Report on vaccination in the Province of Bengal - 1869-1873
Year: 1869
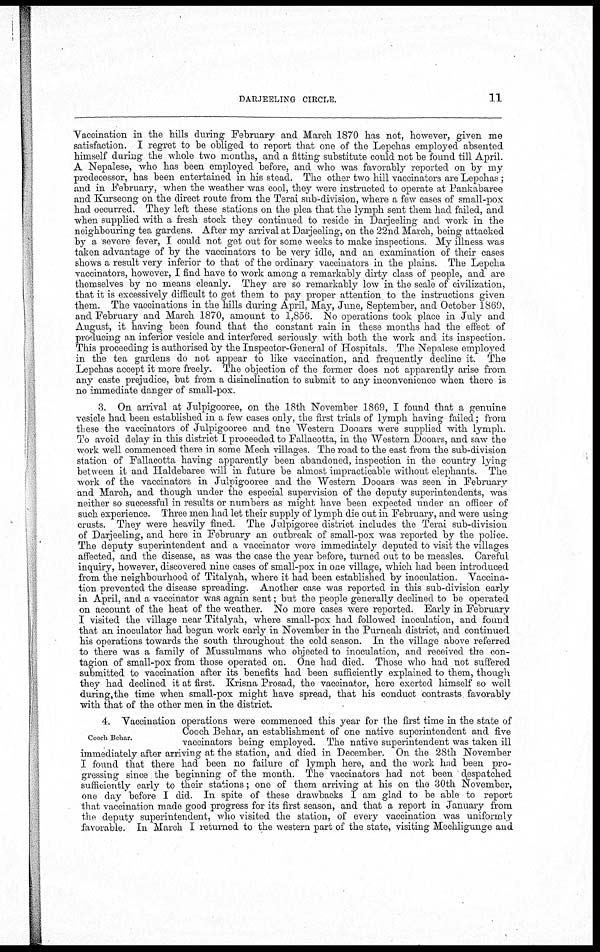
DARJEELING CIRCLE.
11
Vaccination in the hills during February and March 1870 has not, however, given me
satisfaction. I regret to be obliged to report that one of the Lepchas employed absented
himself during the whole two months, and a fitting substitute could not be found till April.
A Nepalese, who has been employed before, and who was favorably reported on by my
predecessor, has been entertained in his stead. The other two hill vaccinators are Lepchas;
and in February, when the weather was cool, they were instructed to operate at Pankabaree
and Kurseong on the direct route from the Terai sub-division, where a few cases of small-pox
had occurred. They left these stations on the plea that the lymph sent them had failed, and
when supplied with a fresh stock they continued to reside in Darjeeling and work in the
neighbouring tea gardens. After my arrival at Darjeeling, on the 22nd March, being attacked
by a severe fever, I could not get out for some weeks to make inspections. My illness was
taken advantage of by the vaccinators to be very idle, and an examination of their cases
shows a result very inferior to that of the ordinary vaccinators in the plains. The Lepcha
vaccinators, however, I find have to work among a remarkably dirty class of people, and are
themselves by no means cleanly. They are so remarkably low in the scale of civilization,
that it is excessively difficult to get them to pay proper attention to the instructions given
them. The vaccinations in the hills during April, May, June, September, and October 1869,
and February and March 1870, amount to 1,856. No operations took place in July and
August, it having been found that the constant rain in these months had the effect of
producing an inferior vesicle and interfered seriously with both the work and its inspection.
This proceeding is authorised by the Inspector-General of Hospitals. The Nepalese employed
in the tea gardens do not appear to like vaccination, and frequently decline it. The
Lepchas accept it more freely. The objection of the former does not apparently arise from
any caste prejudice, but from a disinclination to submit to any inconvenience when there is
no immediate danger of small-pox.
3. On arrival at Julpigooree, on the 18th November 1869, I found that a genuine
vesicle had been established in a few cases only, the first trials of lymph having failed; from
these the vaccinators of Julpigooree and the Western Dooars were supplied with lymph.
To avoid delay in this district I proceeded to Fallacotta, in the "Western Dooars, and saw the
work well commenced there in some Mech villages. The road to the east from the sub-division
station of Fallacotta having apparently been abandoned, inspection in the country lying
between it and Haldebaree will in future be almost impracticable without elephants. The
work of the vaccinators in Julpigooree and the Western Dooars was seen in February
and March, and though under the especial supervision of the deputy superintendents, was
neither so successful in results or numbers as might have been expected under an officer of
such experience. Three men had let their supply of lymph die out in February, and were using
crusts. They were heavily fined. The Julpigoree district includes the Terai sub-division
of Darjeeling, and here in February an outbreak of small-pox was reported by the police.
The deputy superintendent and a vaccinator were immediately deputed to visit the villages
affected, and the disease, as was the case the year before, turned out to be measles. Careful
inquiry, however, discovered nine cases of small-pox in one village, which had been introduced
from the neighbourhood of Titalyah, where it had been established by inoculation. Vaccina-
tion prevented the disease spreading. Another case was reported in this sub-division early
in April, and a vaccinator was again sent; but the people generally declined to be operated
on account of the heat of the weather. No more cases were reported. Early in February
I visited the village near Titalyah, where small-pox had followed inoculation, and found
that an inoculator had begun work early in November in the Purneah district, and continued
his operations towards the south throughout the cold season. In the village above referred
to there was a family of Mussulmans who objected to inoculation, and received the con-
tagion of small-pox from those operated on. One had died. Those who had not suffered
submitted to vaccination after its benefits had been sufficiently explained to them, though
they had declined it at first. Krisna Prosad, the vaccinator, here exerted himself so well
during the time when small-pox might have spread, that his conduct contrasts favorably
with that of the other men in the district.
Cooch Behar.
4. Vaccination operations were commenced this year for the first time in the state of
Cooch Behar, an establishment of one native superintendent and five
vaccinators being employed. The native superintendent was taken ill
immediately after arriving at the station, and died in December. On the 28th November
I found that there had been no failure of lymph here, and the work had been pro-
gressing since the beginning of the month. The vaccinators had not been despatched
sufficiently early to their stations; one of them arriving at his on the 30th November,
one day before I did. In spite of these drawbacks I am glad to be able to report
that vaccination made good progress for its first season, and that a report in January from
the deputy superintendent, who visited the station, of every vaccination was uniformly
favorable. In March I returned to the western part of the state, visiting Mechligunge and